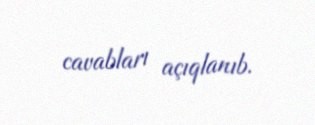
cavabları açıqlanıb.